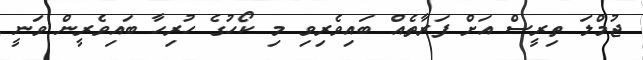
ޖުމްލަ ތިރީސް އަށް ފަރާތެއް ބައިވެރިވި މި ކޯހުގެ ހުރިހާ ބައިވެރީން ވަނީ